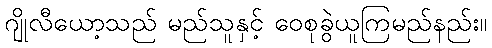
ဂျိုလီယော့သည် မည်သူနှင့် ဝေစုခွဲယူကြမည်နည်း။